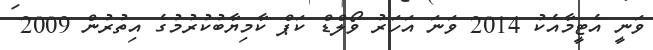
ވަނީ އެޓީމާއެކު 2014 ވަނަ އަހަރު ވޯލްޑް ކަޕް ކާމިޔާބުކުރުމުގެ އިތުރުން 2009